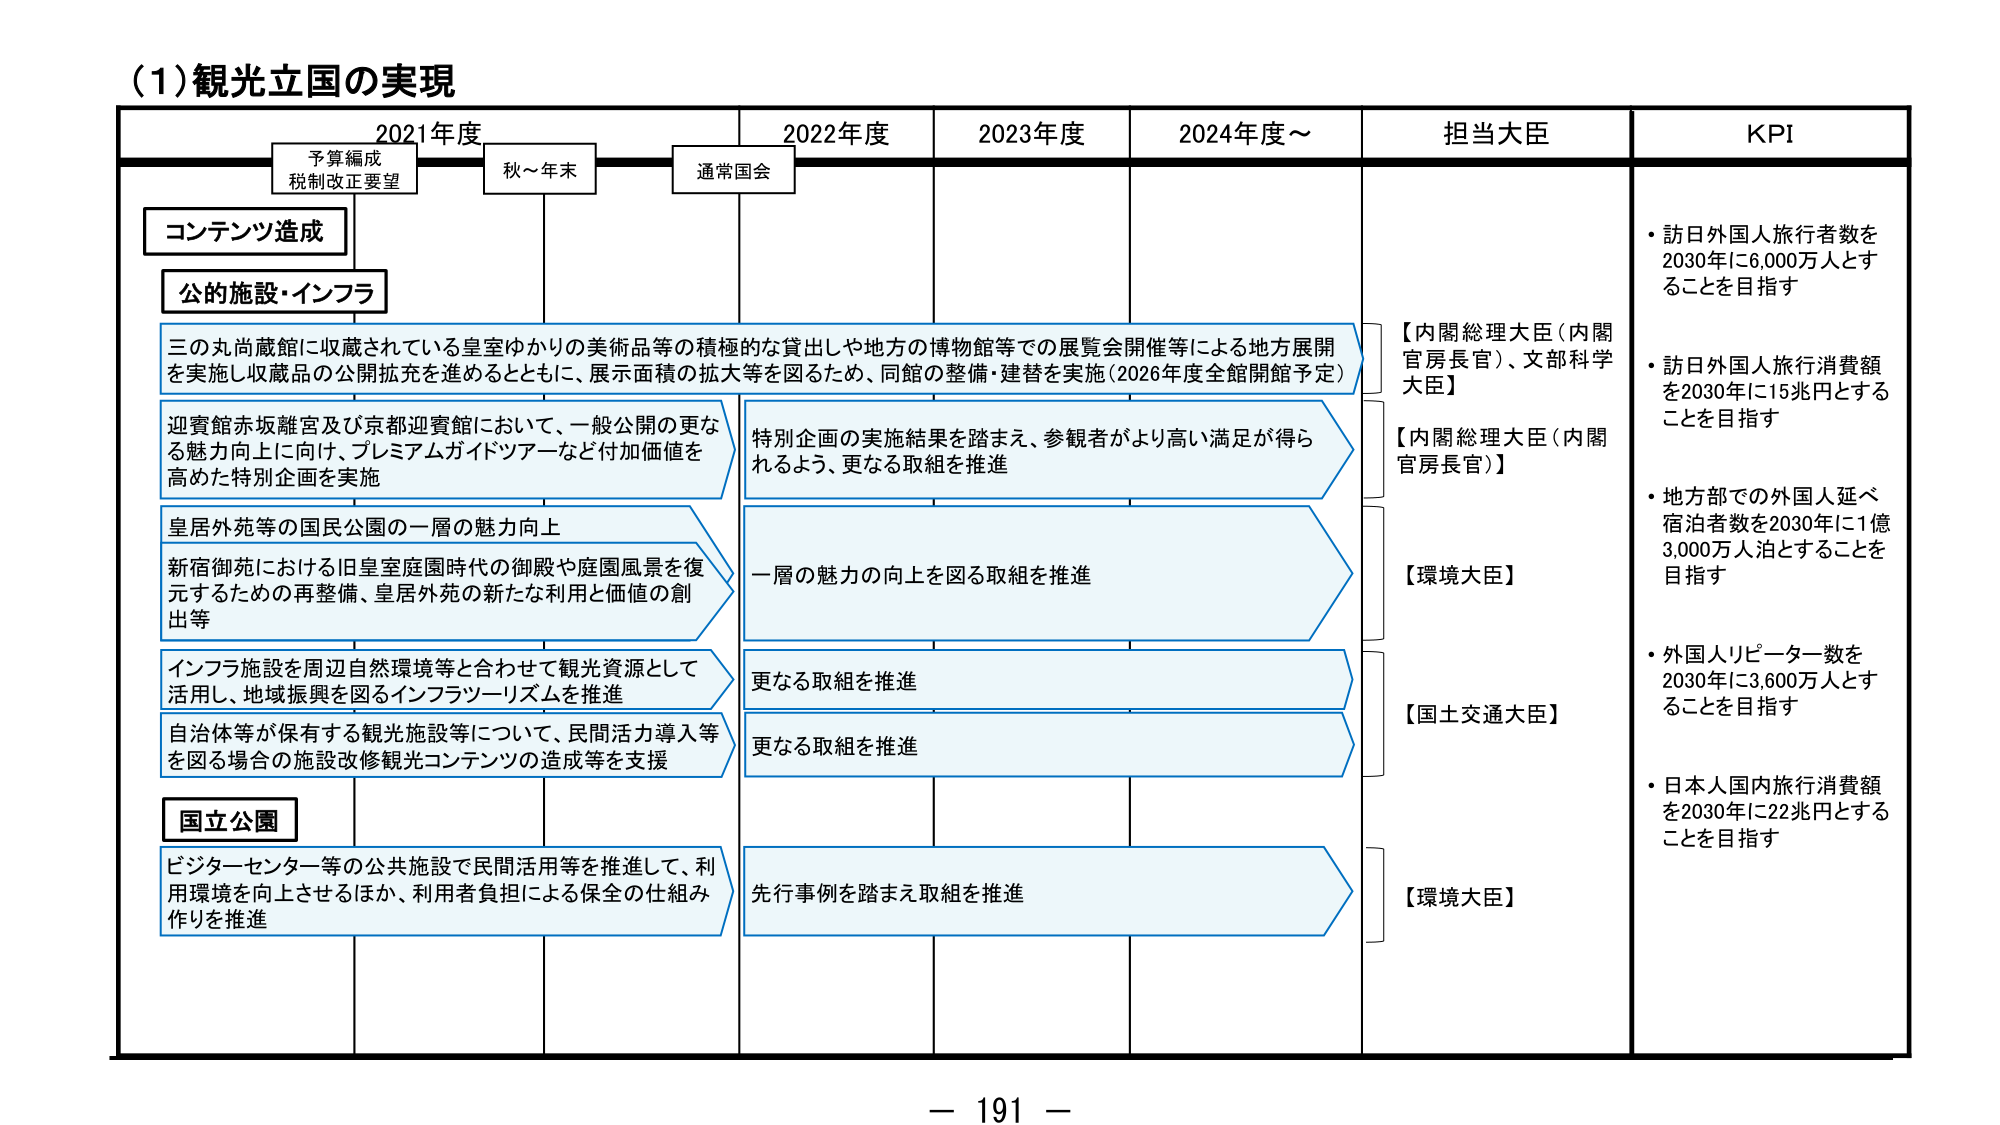
(1) 観光立国の実現

2021年度　　　　　　　2022年度　　　　　2023年度　　　　　2024年度～　　　担当大臣　　　　　KPI

予算編成
税制改正要望　　　　　秋～年末　　　　　通常国会

コンテンツ造成

公的施設・インフラ

三の丸尚蔵館に収蔵されている皇室ゆかりの美術品等の積極的な貸出しや地方の博物館等での展覧会開催等による地方展開
を実施し収蔵品の公開拡充を進めるとともに、展示面積の拡大等を図るため、同館の整備・建替を実施（2026年度全館開館予定）

迎賓館赤坂離宮及び京都迎賓館において、一般公開の更なる魅力向上に向け、プレミアムガイドツアーなど付加価値を
高めた特別企画を実施

特別企画の実施結果を踏まえ、参観者がより高い満足が得られるよう、更なる取組を推進

皇居外苑等の国民公園の一層の魅力向上

新宿御苑における旧皇室庭園時代の御殿や庭園風景を復元するための再整備、皇居外苑の新たな利用と価値の創出等

一層の魅力の向上を図る取組を推進

インフラ施設を周辺自然環境等と合わせて観光資源として活用し、地域振興を図るインフラツーリズムを推進

更なる取組を推進

自治体等が保有する観光施設等について、民間活力導入等を図る場合の施設改修観光コンテンツの造成等を支援

更なる取組を推進

国立公園

ビジターセンター等の公共施設で民間活用等を推進して、利用環境を向上させるほか、利用者負担による保全の仕組み作りを推進

先行事例を踏まえ取組を推進

【内閣総理大臣（内閣官房長官）、文部科学大臣】
【内閣総理大臣（内閣官房長官）】
【環境大臣】
【国土交通大臣】
【環境大臣】

・訪日外国人旅行者数を2030年に6,000万人とすることを目指す
・訪日外国人旅行消費額を2030年に15兆円とすることを目指す
・地方部での外国人延べ宿泊者数を2030年に1億3,000万人泊とすることを目指す
・外国人リピーター数を2030年に3,600万人とすることを目指す
・日本人国内旅行消費額を2030年に22兆円とすることを目指す

－ 191 －